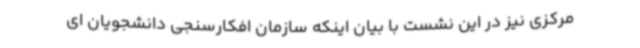
مرکزی نیز در این نشست با بیان اینکه سازمان افکارسنجی دانشجویان ای